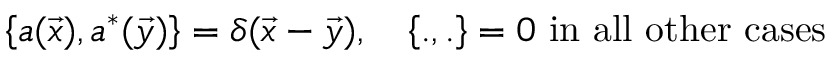
\left\{ a ( \vec { x } ) , a ^ { * } ( \vec { y } ) \right\} = \delta ( \vec { x } - \vec { y } ) , \quad \left\{ . , . \right\} = 0 \mathrm { ~ i n ~ a l l ~ o t h e r ~ c a s e s }